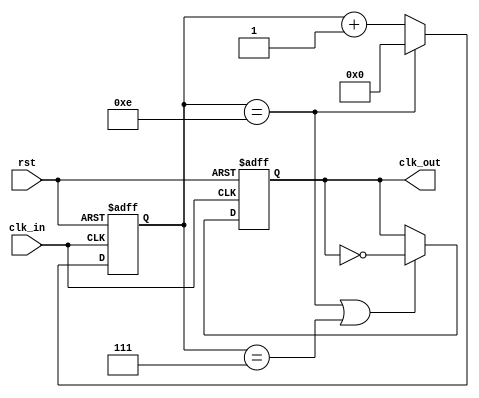
//exp12 div odd 
//  15 15-> 1111

// TODO : 7/15duty
module div_odd (
    input wire clk_in,
    input wire rst,

    output reg clk_out
);

parameter cnt_bits = 4 - 1;
parameter cnt_max = 15 - 1;
reg [cnt_bits:0] cnt;

always @(posedge clk_in or negedge rst) begin
    if(~rst) begin
        cnt <= 0 ;
    end
    else begin
        cnt <= (cnt == cnt_max) ? 0 :cnt + 1'b1; 
    end
end

always @(posedge clk_in or negedge rst) begin
    if(~rst) begin
        clk_out <= 0;
    end
    else begin
        clk_out <= (cnt == cnt_max || cnt == 7) ? ~ clk_out : clk_out;
    end
end


endmodule